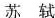
苏轼